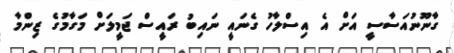
ގާނޫނުއަސާސީ އަށް އެ އިސްލާހު ގެނައީ ނައިބު ރައީސް ޖަމީލަށް މަގާމުގެ ޒިންމާ